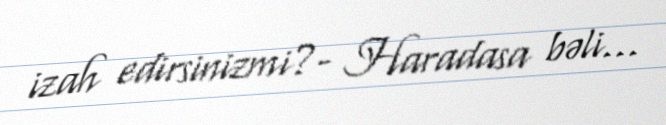
izah edirsinizmi?- Haradasa bəli...